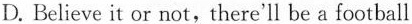
D. Believe it or not, there'll be a football